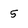
Character: 5